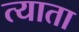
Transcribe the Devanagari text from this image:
त्याता